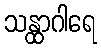
သန္ထာဂါရေ